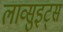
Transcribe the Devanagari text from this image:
लाव्सुइट्स